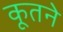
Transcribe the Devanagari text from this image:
कूतने